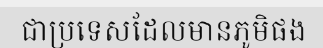
ជាប្រទេសដែលមានភូមិផង